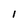
Character: I